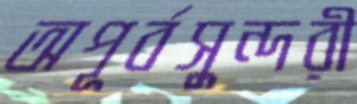
অপূর্বসুন্দরী